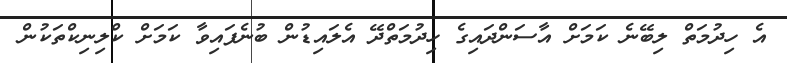
އެ ހިދުމަތް ލިބޭނެ ކަމަށް އާސަންދައިގެ ހިދުމަތްދޭ އެލައިޑުން ބުނެފައިވާ ކަމަށް ކްލިނިކްތަކުން